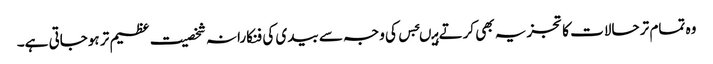
وہ تمام تر حالات کا تجزیہ بھی کرتے ہیںجس کی وجہ سے بیدی کی فنکارانہ شخصیت عظیم تر ہوجاتی ہے۔